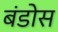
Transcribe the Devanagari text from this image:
बंडोस